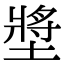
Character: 墏